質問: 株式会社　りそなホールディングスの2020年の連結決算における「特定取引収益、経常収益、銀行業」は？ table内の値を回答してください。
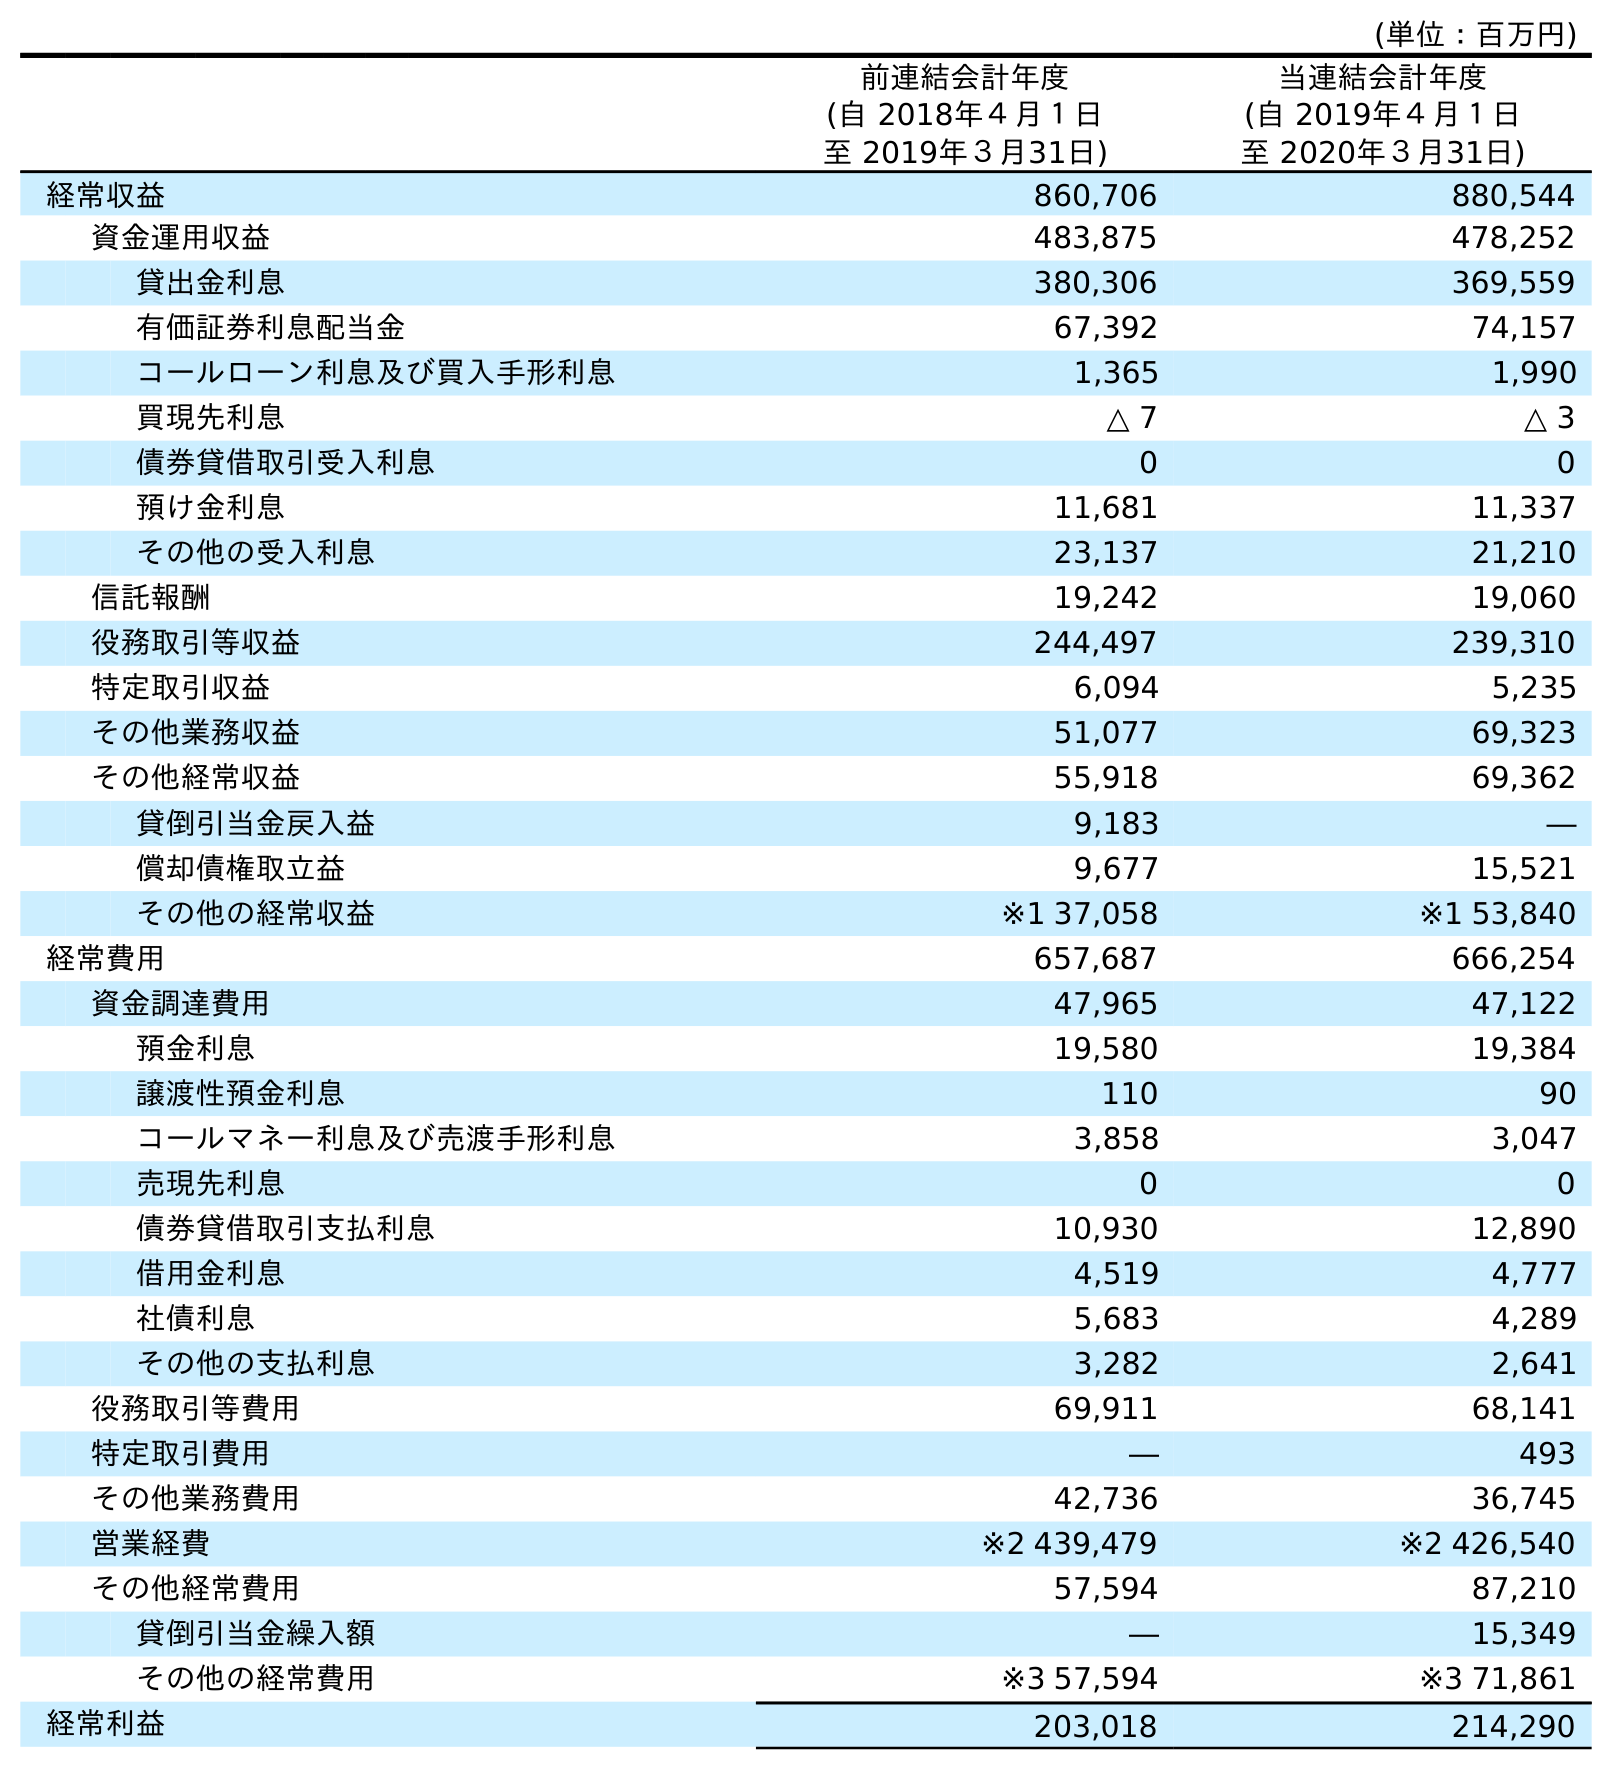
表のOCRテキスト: (単位：百万円) 前連結会計年度 (自 2018年４月１日 至 2019年３月31日) 当連結会計年度 (自 2019年４月１日 至 2020年３月31日) 経常収益 860,706 880,544 資金運用収益 483,875 478,252 貸出金利息 380,306 369,559 有価証券利息配当金 67,392 74,157 コールローン利息及び買入手形利息 1,365 1,990 買現先利息 △ 7 △ 3 債券貸借取引受入利息 0 0 預け金利息 11,681 11,337 その他の受入利息 23,137 21,210 信託報酬 19,242 19,060 役務取引等収益 244,497 239,310 特定取引収益 6,094 5,235 その他業務収益 51,077 69,323 その他経常収益 55,918 69,362 貸倒引当金戻入益 9,183 ― 償却債権取立益 9,677 15,521 その他の経常収益 ※1 37,058 ※1 53,840 経常費用 657,687 666,254 資金調達費用 47,965 47,122 預金利息 19,580 19,384 譲渡性預金利息 110 90 コールマネー利息及び売渡手形利息 3,858 3,047 売現先利息 0 0 債券貸借取引支払利息 10,930 12,890 借用金利息 4,519 4,777 社債利息 5,683 4,289 その他の支払利息 3,282 2,641 役務取引等費用 69,911 68,141 特定取引費用 ― 493 その他業務費用 42,736 36,745 営業経費 ※2 439,479 ※2 426,540 その他経常費用 57,594 87,210 貸倒引当金繰入額 ― 15,349 その他の経常費用 ※3 57,594 ※3 71,861 経常利益 203,018 214,290
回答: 5,235